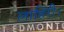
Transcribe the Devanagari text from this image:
लाहिरी।